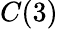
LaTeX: C(3)